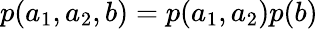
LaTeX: p(a_{1},a_{2},b)=p(a_{1},a_{2})p(b)